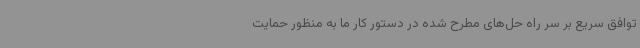
توافق سریع بر سر راه حل‌های مطرح‌ شده در دستور کار ما به منظور حمایت